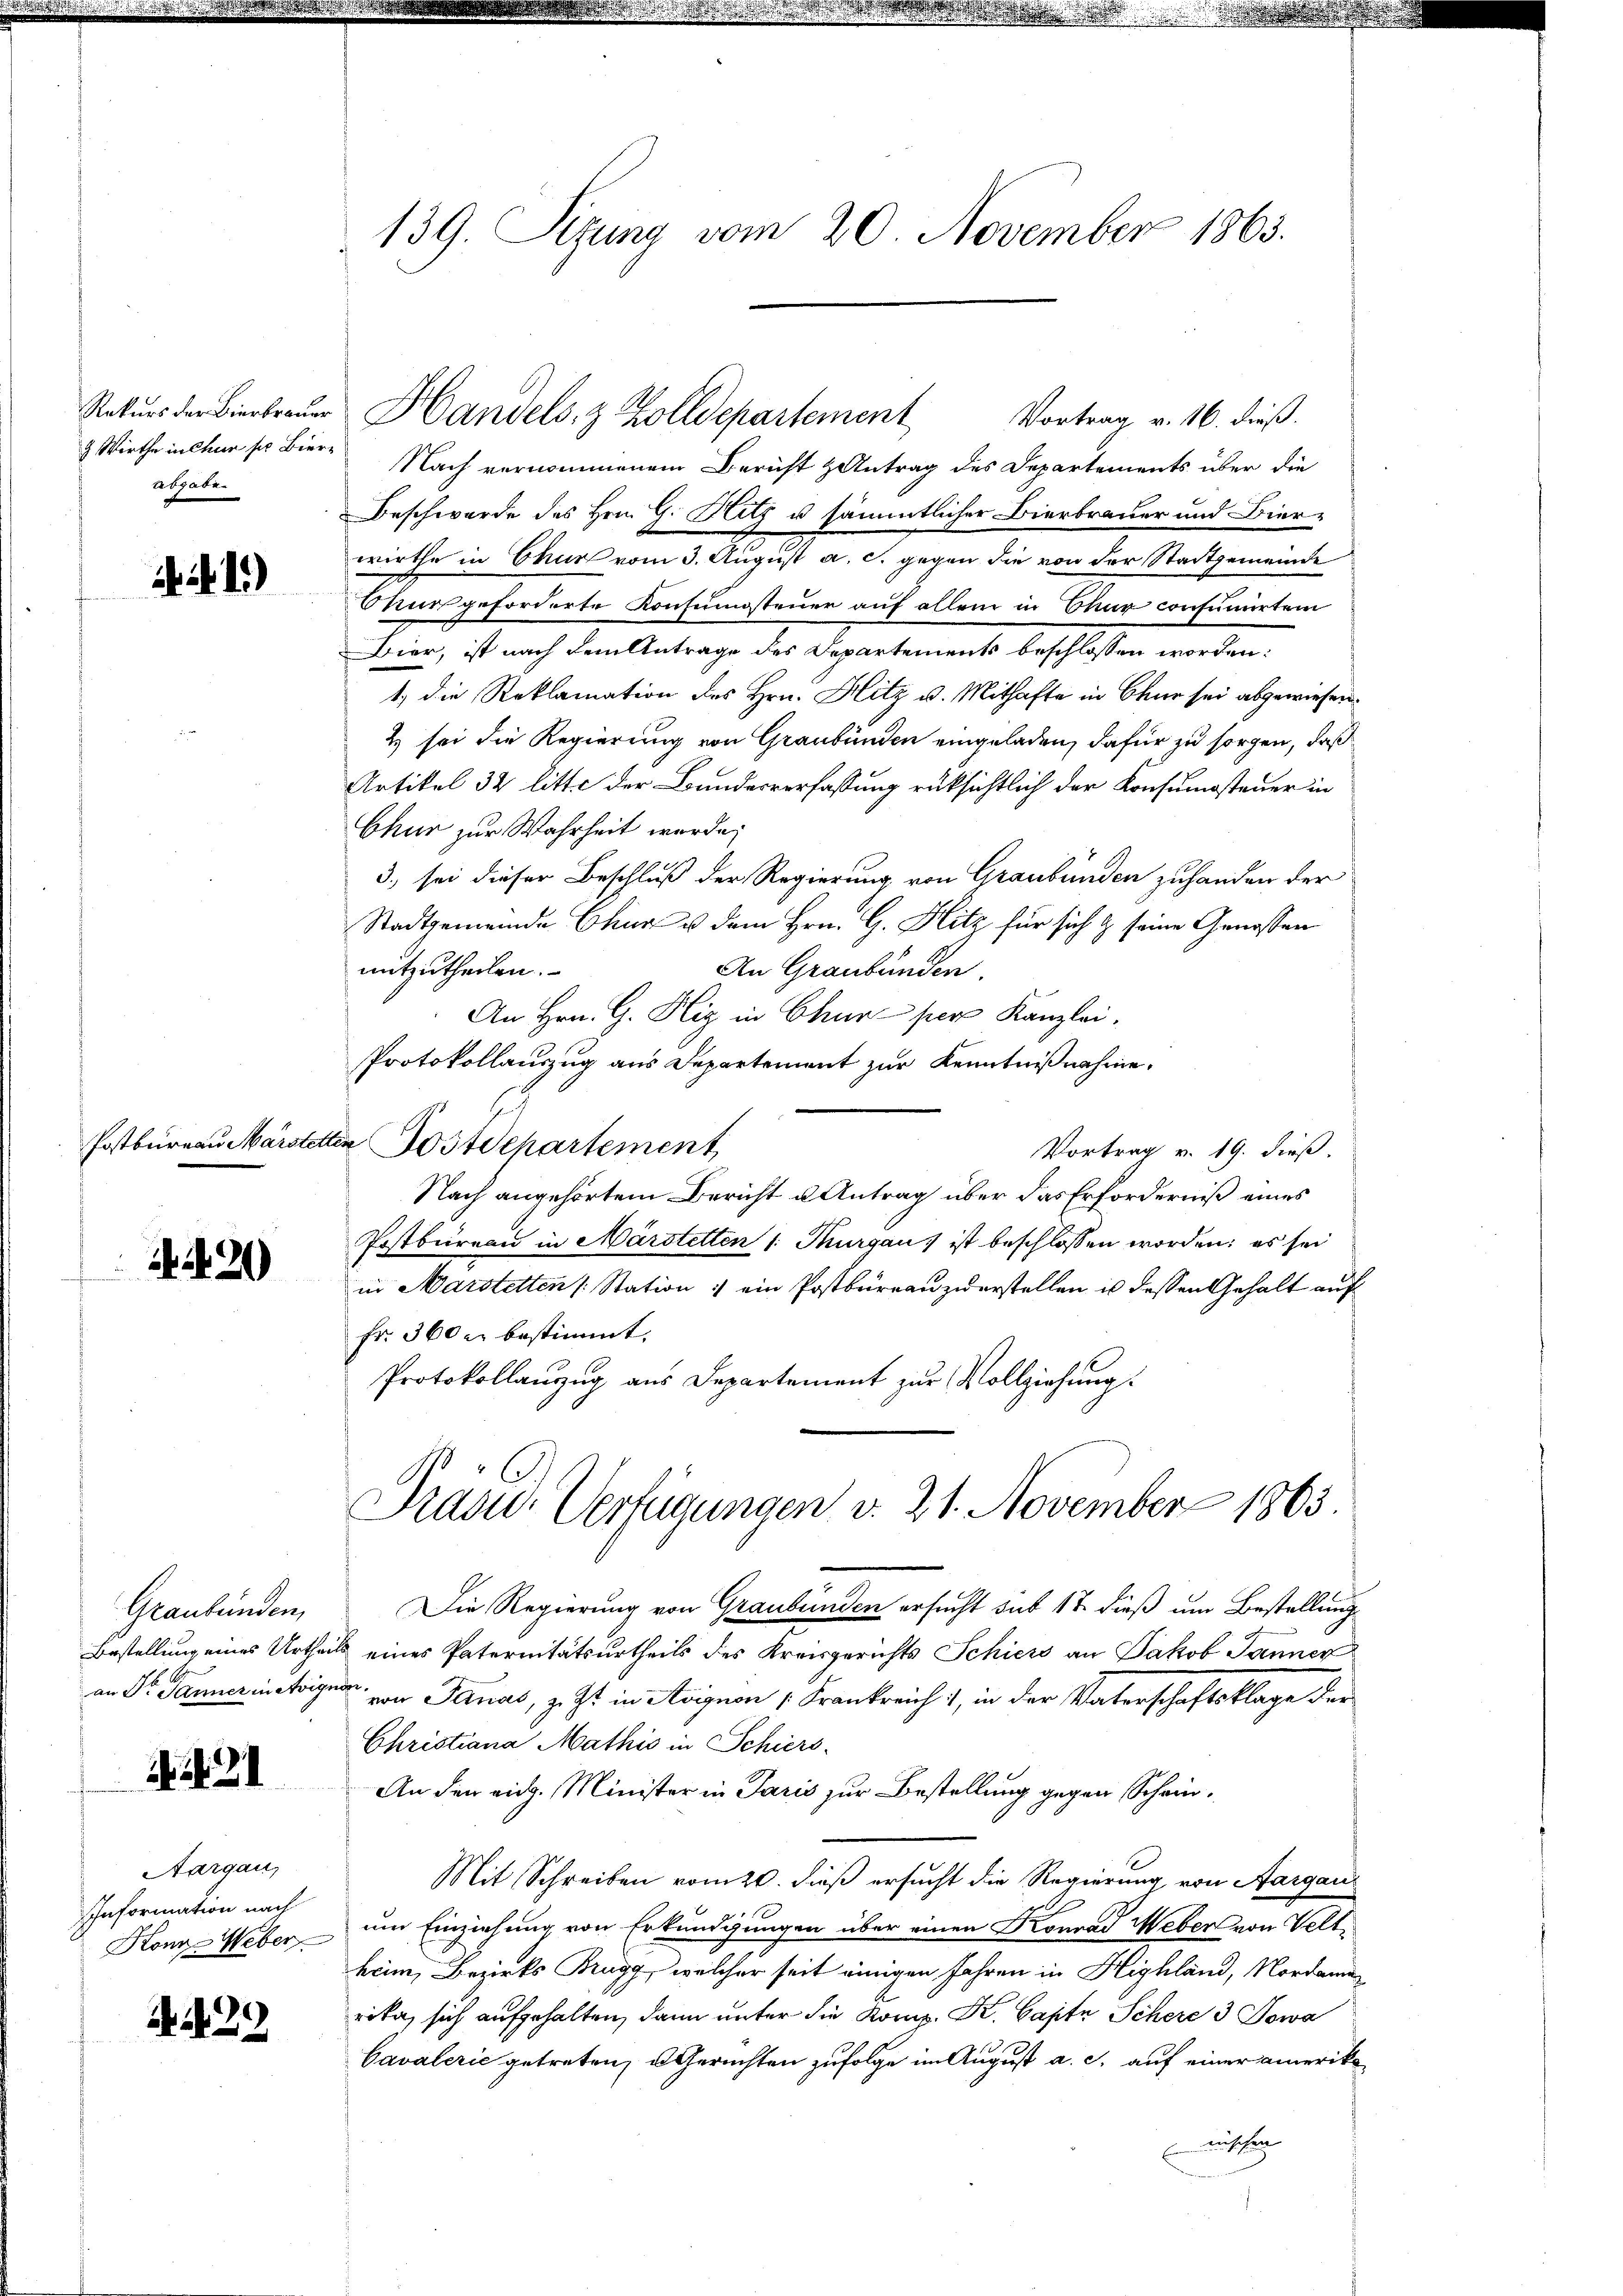
Wirthe in Chur ser Bier
abgabe.

h. d. 1.)

Postbureau Märste

420

Graubünden,

. 31

Aargau,
Information nach

A 29

139. Sizung vom 20. November 1863.

Nach vernommenem Bericht & Antrag des Departements über die
Beschwerde des Hrn. G. Hitz u sämmtlicher Bierbrauer und Bier-
wirthe in Chur vom 3. August a. c. gegen die von der Stadtgemeinde
Chur geforderte Konsumsteuer auf allem in Chur consumirten
Bier, ist nach dem Antrage des Departements beschlossen worden:
1.) die Reklamation des Hrn. Hitz u. Mithafte in Chur sei abgewiesen.
2 sei die Regierung von Graubünden eingeladen, dafür zu sorgen, daß
Artikel 32 litte der Bundesverfassung rüksichtlich der Konsumsteuer in
Chur zur Wahrheit wurde,
3., sei dieser Beschluß der Regierung von Graubünden zuhanden der
Stadtgemeinde Chur u dem Hrn. G. Hitz für sich & seine Genossen
mitzutheilen.
An Graubünden
An Hrn. G. Hiz in Chur per Kanzlei.
Protokollauszug aus Departement zur Kenntnißnahme.
ten Postdepartement
Vortrag v. 19. dieß.
Nach angehörtem Bericht u Antrag über das Erforderniß eines
Postbüreau in Märstetten 1: Thurgau ist beschlossen worden; es sei
in Marstetten (Station :/ ein Postbureau zuerstellen in dessen Gehalt auf
fr. 360 u. bestimmt.
Protokollanzug aus Departement zur Vollziehung.

Rekurs der Bierbraŭer Handels- & Zolldepartement

Vortrag v. 16. dieß.

Präsid. Verfügungen v. 21. November 1863.

Die Regierung von Graubünden ersucht sub 17 dieß um Bestellung
Bestellung eines Urtheils eines Paternitätsurtheils des Kreisgerichts Schiers an Jakob Jänner
an Dr. Sei von Jenas, z. Zt. in Avignon „Frankreich, in der Vaterschaftsklage der
Christiana Mathis in Schiers-
An den eidg. Minister in Paris zur Bestellung gegen Schein¬
Mit Schreiben vom 20. dieß ersucht die Regierung von Aargau
Honz-Weber, um Einziehung von Erkundigungen über einen Konrad Weber von Veltheim, Bezirks Brugg, welcher seit einigen Jahren in Highland, Nordame
rika, sich aufgehalten, dann unter die Komp. K. Caste Schere 3 Sowa
Cavalerić getreten, Gerichten zufolge im August a. c. auf einer amerika
wischen